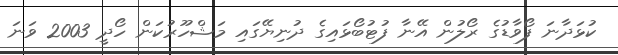
ކުޅަދާނަ ފޯވާޑުގެ ރޯލުން އޭނާ ފުޓުބޯޅައިގެ ދުނިޔޭގައި މަޝްހޫރުކަން ހޯދީ 2003 ވަނަ